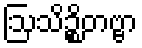
ဩသိဉ္စိတဗ္ဗာ